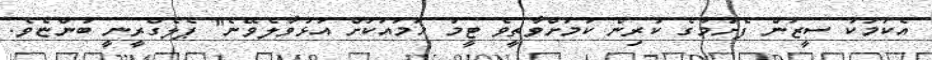
އެކަމަކު ސީޒަން ފެށުމުގެ ކުރިން ކަމަށްވާތީވެ ޓީމު ހަމައަކަށް އަޅުވާލެވޭނެ" ޕެލެގްރީނީ ބުންޏެވެ.